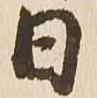
日